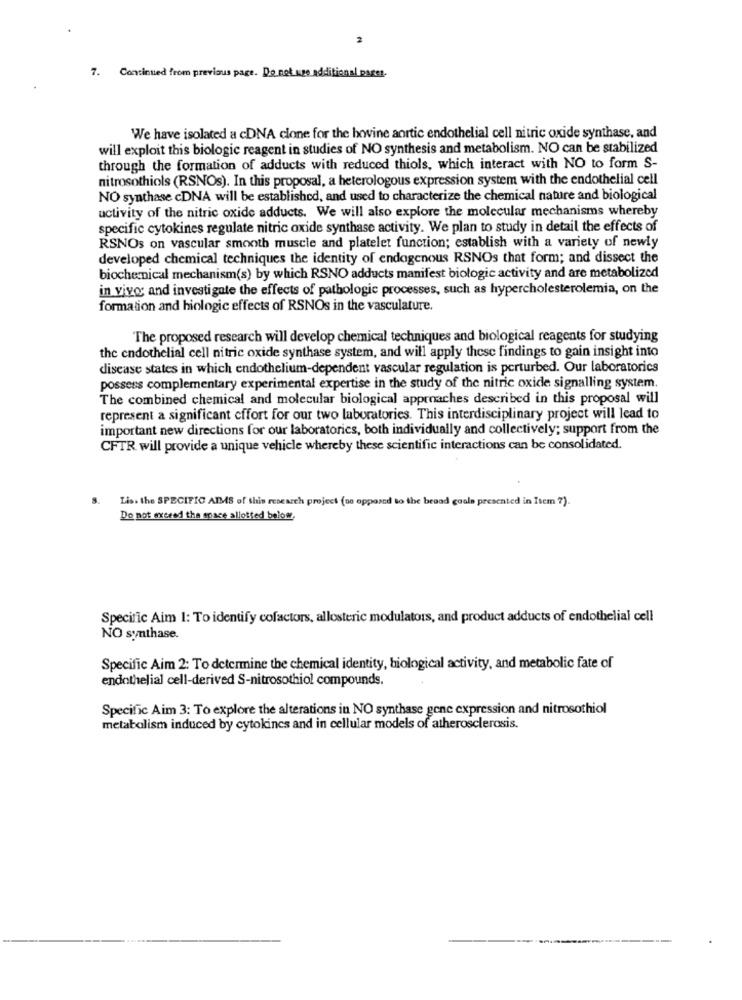
7. Continued from previous page. Do not use additional pages.
We have isolated a cDNA clone for the bovine aortic endothelial cell nitric oxide synthase, and
will exploit this biologic reagent in studies of NO synthesis and metabolism. NO can be stabilized
through the formation of adducts with reduced thiols, which interact with NO to form S-
nitrosothiols (RSNOs). In this proposal, a heterologous expression system with the endothelial cell
NO synthase cDNA will be established, and used to characterize the chemical nature and biological
activity of the nitric oxide adducts. We will also explore the molecular mechanisms whereby
specific cytokines regulate nitric oxide synthase activity. We plan to study in detail the effects of
RSNOs on vascular smooth muscle and platelet function; establish with a variety of newly
developed chemical techniques the identity of endogenous RSNOs that form; and dissect the
biochemical mechanism(s) by which RSNO adducts manifest biologic activity and are metabolized
in vivo; and investigate the effects of pathologic processes, such as hypercholesterolemia, on the
formation and hiologic effects of RSNOs in the vasculature.
The proposed research will develop chemical techniques and biological reagents for studying
the endothelial cell nitric oxide synthase system, and will apply these findings to gain insight into
disease states in which endothelium-dependent vascular regulation is perturbed. Our laboratorics
possess complementary experimental expertise in the study of the nitric oxide signalling system.
The combined chemical and molecular biological approaches described in this proposal will
represent a significant effort for our two laboratories. This interdisciplinary project will lead to
important new directions for our laboratories, both individually and collectively; support from the
CFTR will provide a unique vehicle whereby these scientific interactions can be consolidated.
Lis. the SPECIFIC ALS of this research project (as opposed to the braad goals presented in Item ?).
Do not exceed the space allotted below.
Specific Aim 1: To identify cofactors, allosteric modulators, and product adducts of endothelial cell
NO synthase.
Specific Aim 2: To determine the chemical identity, biological activity, and metabolic fate of
endothelial cell-derived S-nitrosothiol compounds.
Specific Aim 3: To explore the alterations in NO synthase gene expression and nitrosothiol
metabolism induced by cytokines and in cellular models of atherosclerosis.